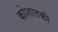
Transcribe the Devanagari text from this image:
कोशातकी